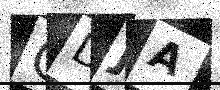
Text: GDJA